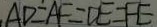
A D = A F = D E = F E